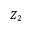
Z _ { 2 }